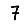
Digit: 7